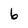
Character: 6